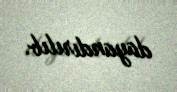
dayandırılıb.